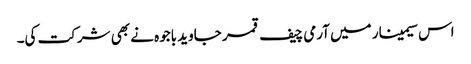
اس سیمینار میں آرمی چیف قمر جاوید باجوہ نے بھی شرکت کی۔